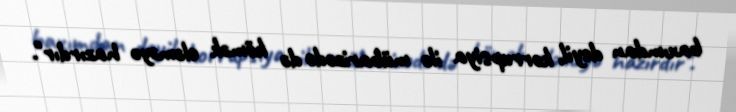
baxımdan deyil, korrupsiya ilə mübarizədə də kömək eləməyə hazırdır".